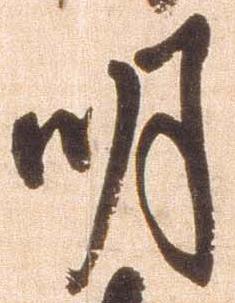
明